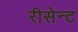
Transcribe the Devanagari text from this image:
रीसेन्ट